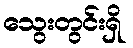
သွေးတွင်းရှိ